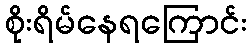
စိုးရိမ်နေရကြောင်း